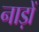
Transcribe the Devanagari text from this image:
नाड़ों